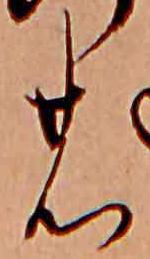
の